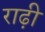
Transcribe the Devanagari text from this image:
राढ़ी